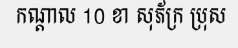
កណ្តាល 10 ខា សុភ័ក្រ ប្រុស